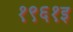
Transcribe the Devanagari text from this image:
१९६१इ